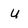
Character: U